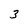
Character: 3